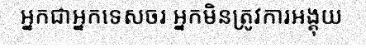
អ្នកជាអ្នកទេសចរ អ្នកមិនត្រូវការអង្គុយ